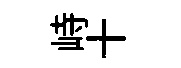
峙十